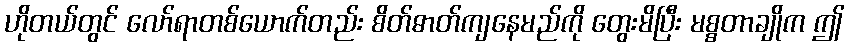
ဟိုတယ်တွင် လော်ရာတစ်ယောက်တည်း စိတ်ဓာတ်ကျနေမည်ကို တွေးမိပြီး မစ္စတာချိုက ဤ